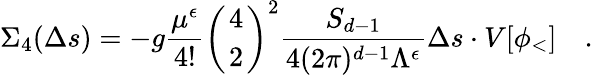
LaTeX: \Sigma_{4}(\Delta s)=-{g}{\frac{\mu^{\epsilon}}{4!}}\left({4\atop 2}\right)^{2}{\frac{S_{d-1}}{4(2\pi)^{d-1}\Lambda^{\epsilon}}}\Delta s\cdot V[\phi_{<}]\quad.